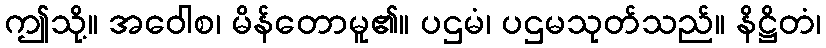
ဤသို့။ အဝေါစ၊ မိန်တောမူ၏။ ပဌမံ၊ ပဌမသုတ်သည်။ နိဋ္ဌိတံ၊